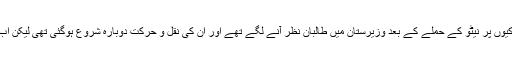
وزیرستان کے مقامی لوگوں کے مطابق سلالہ کے علاقے میں پاکستان کی سرحدی چوکیوں پر نیٹو کے حملے کے بعد وزیرستان میں طالبان نظر آنے لگے تھے اور ان کی نقل و حرکت دوبارہ شروع ہوگئی تھی لیکن اب تازہ ڈرون حملے کے بعد طالبان ایک بار پھر زیرزمین جانے پر مجبور ہوسکتے ہیں۔